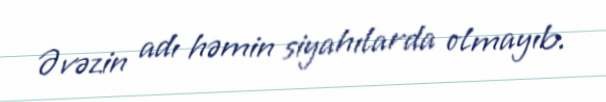
Əvəzin adı həmin siyahılarda olmayıb.